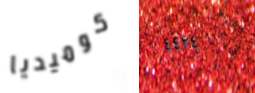
كوميديا ٤٤٢٤